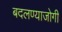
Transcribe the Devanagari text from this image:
बदलण्याजोगी